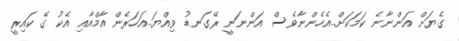
ގެޔަށް އަންނާނެ ކަމަކަށް..އެހެންނާވެސް އަންނަނީ ރޭގަނޑު ވިއްޔަ..އަހަރެން އާމްއާއި އެކު ގޭ ކައިރީ